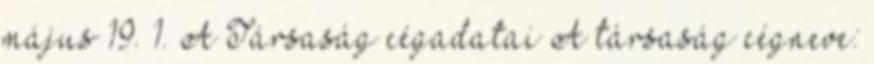
május 19. 1. A Társaság cégadatai A társaság cégneve: